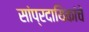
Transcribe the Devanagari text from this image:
सांप्रदायिकांचे